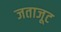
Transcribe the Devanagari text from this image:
जताजूट